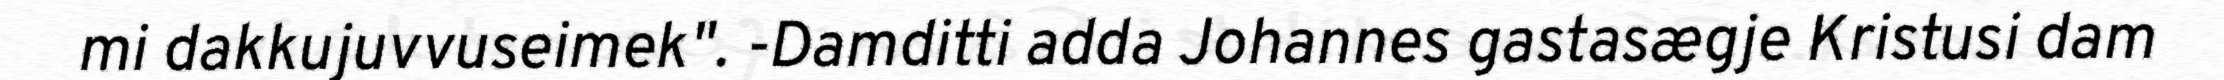
mi dakkujuvvuseimek". -Damditti adda Johannes gastasægje Kristusi dam